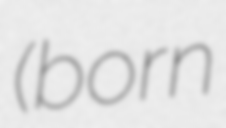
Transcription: (born